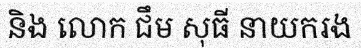
និង លោក ជឹម សុធី នាយករង